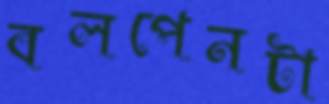
বলপেনটা